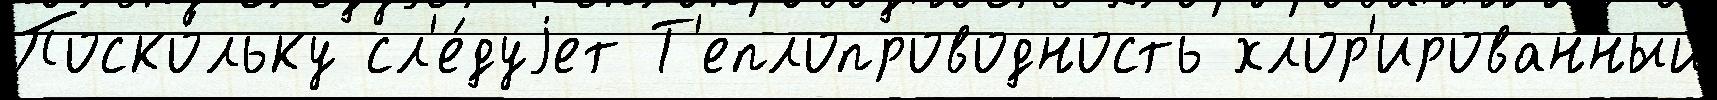
Поско́льку сл'е́дуjет Т'еплопроводность хлор'ированный